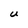
Character: U